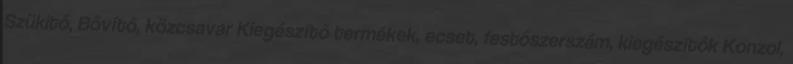
Szükitő, Bővítő, közcsavar Kiegészítő termékek, ecset, festőszerszám, kiegészítők Konzol,